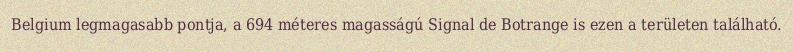
Belgium legmagasabb pontja, a 694 méteres magasságú Signal de Botrange is ezen a területen található.